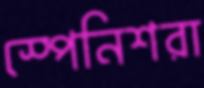
স্পেনিশরা